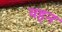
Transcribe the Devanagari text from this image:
यहन